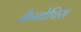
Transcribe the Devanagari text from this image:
कैनोपिस